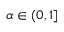
\alpha \in ( 0 , 1 ]